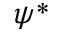
\psi ^ { * }